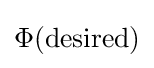
\Phi ({\text{desired}})